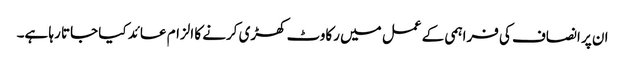
ان پر انصاف کی فراہمی کے عمل میں رکاوٹ کھڑی کرنے کا الزام عائد کیا جاتا رہا ہے۔